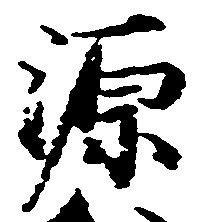
源